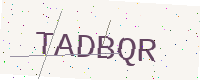
Text: TADBQR